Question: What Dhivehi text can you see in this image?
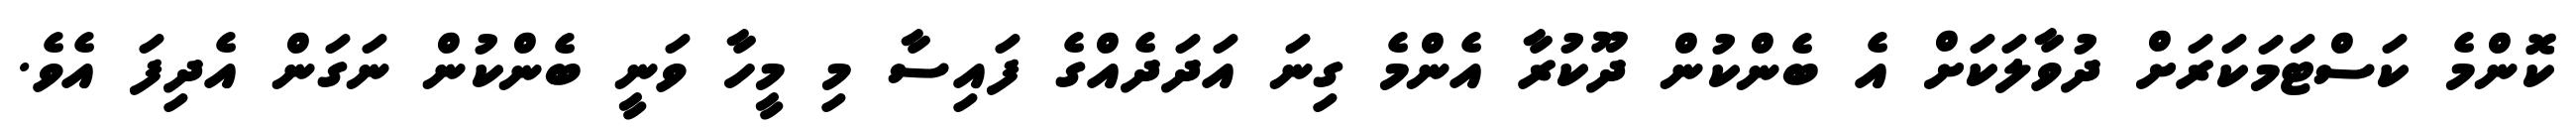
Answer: ކޮންމެ ކަސްޓަމަކަރަށް ދުވާލަކަށް އެ ބެންކުން ދޫކުރާ އެންމެ ގިނަ އަދަދެއްގެ ފައިސާ މި މީހާ ވަނީ ބެންކުން ނަގަން އެދިފަ އެވެ.